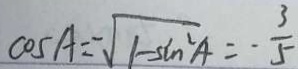
\cos A = \sqrt { 1 - \sin ^ { 2 } A } = - \frac { 3 } { 5 }